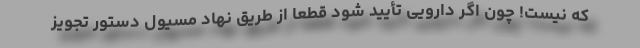
که نیست! چون اگر دارویی تأیید شود قطعاً از طریق نهاد مسیول دستور تجویز